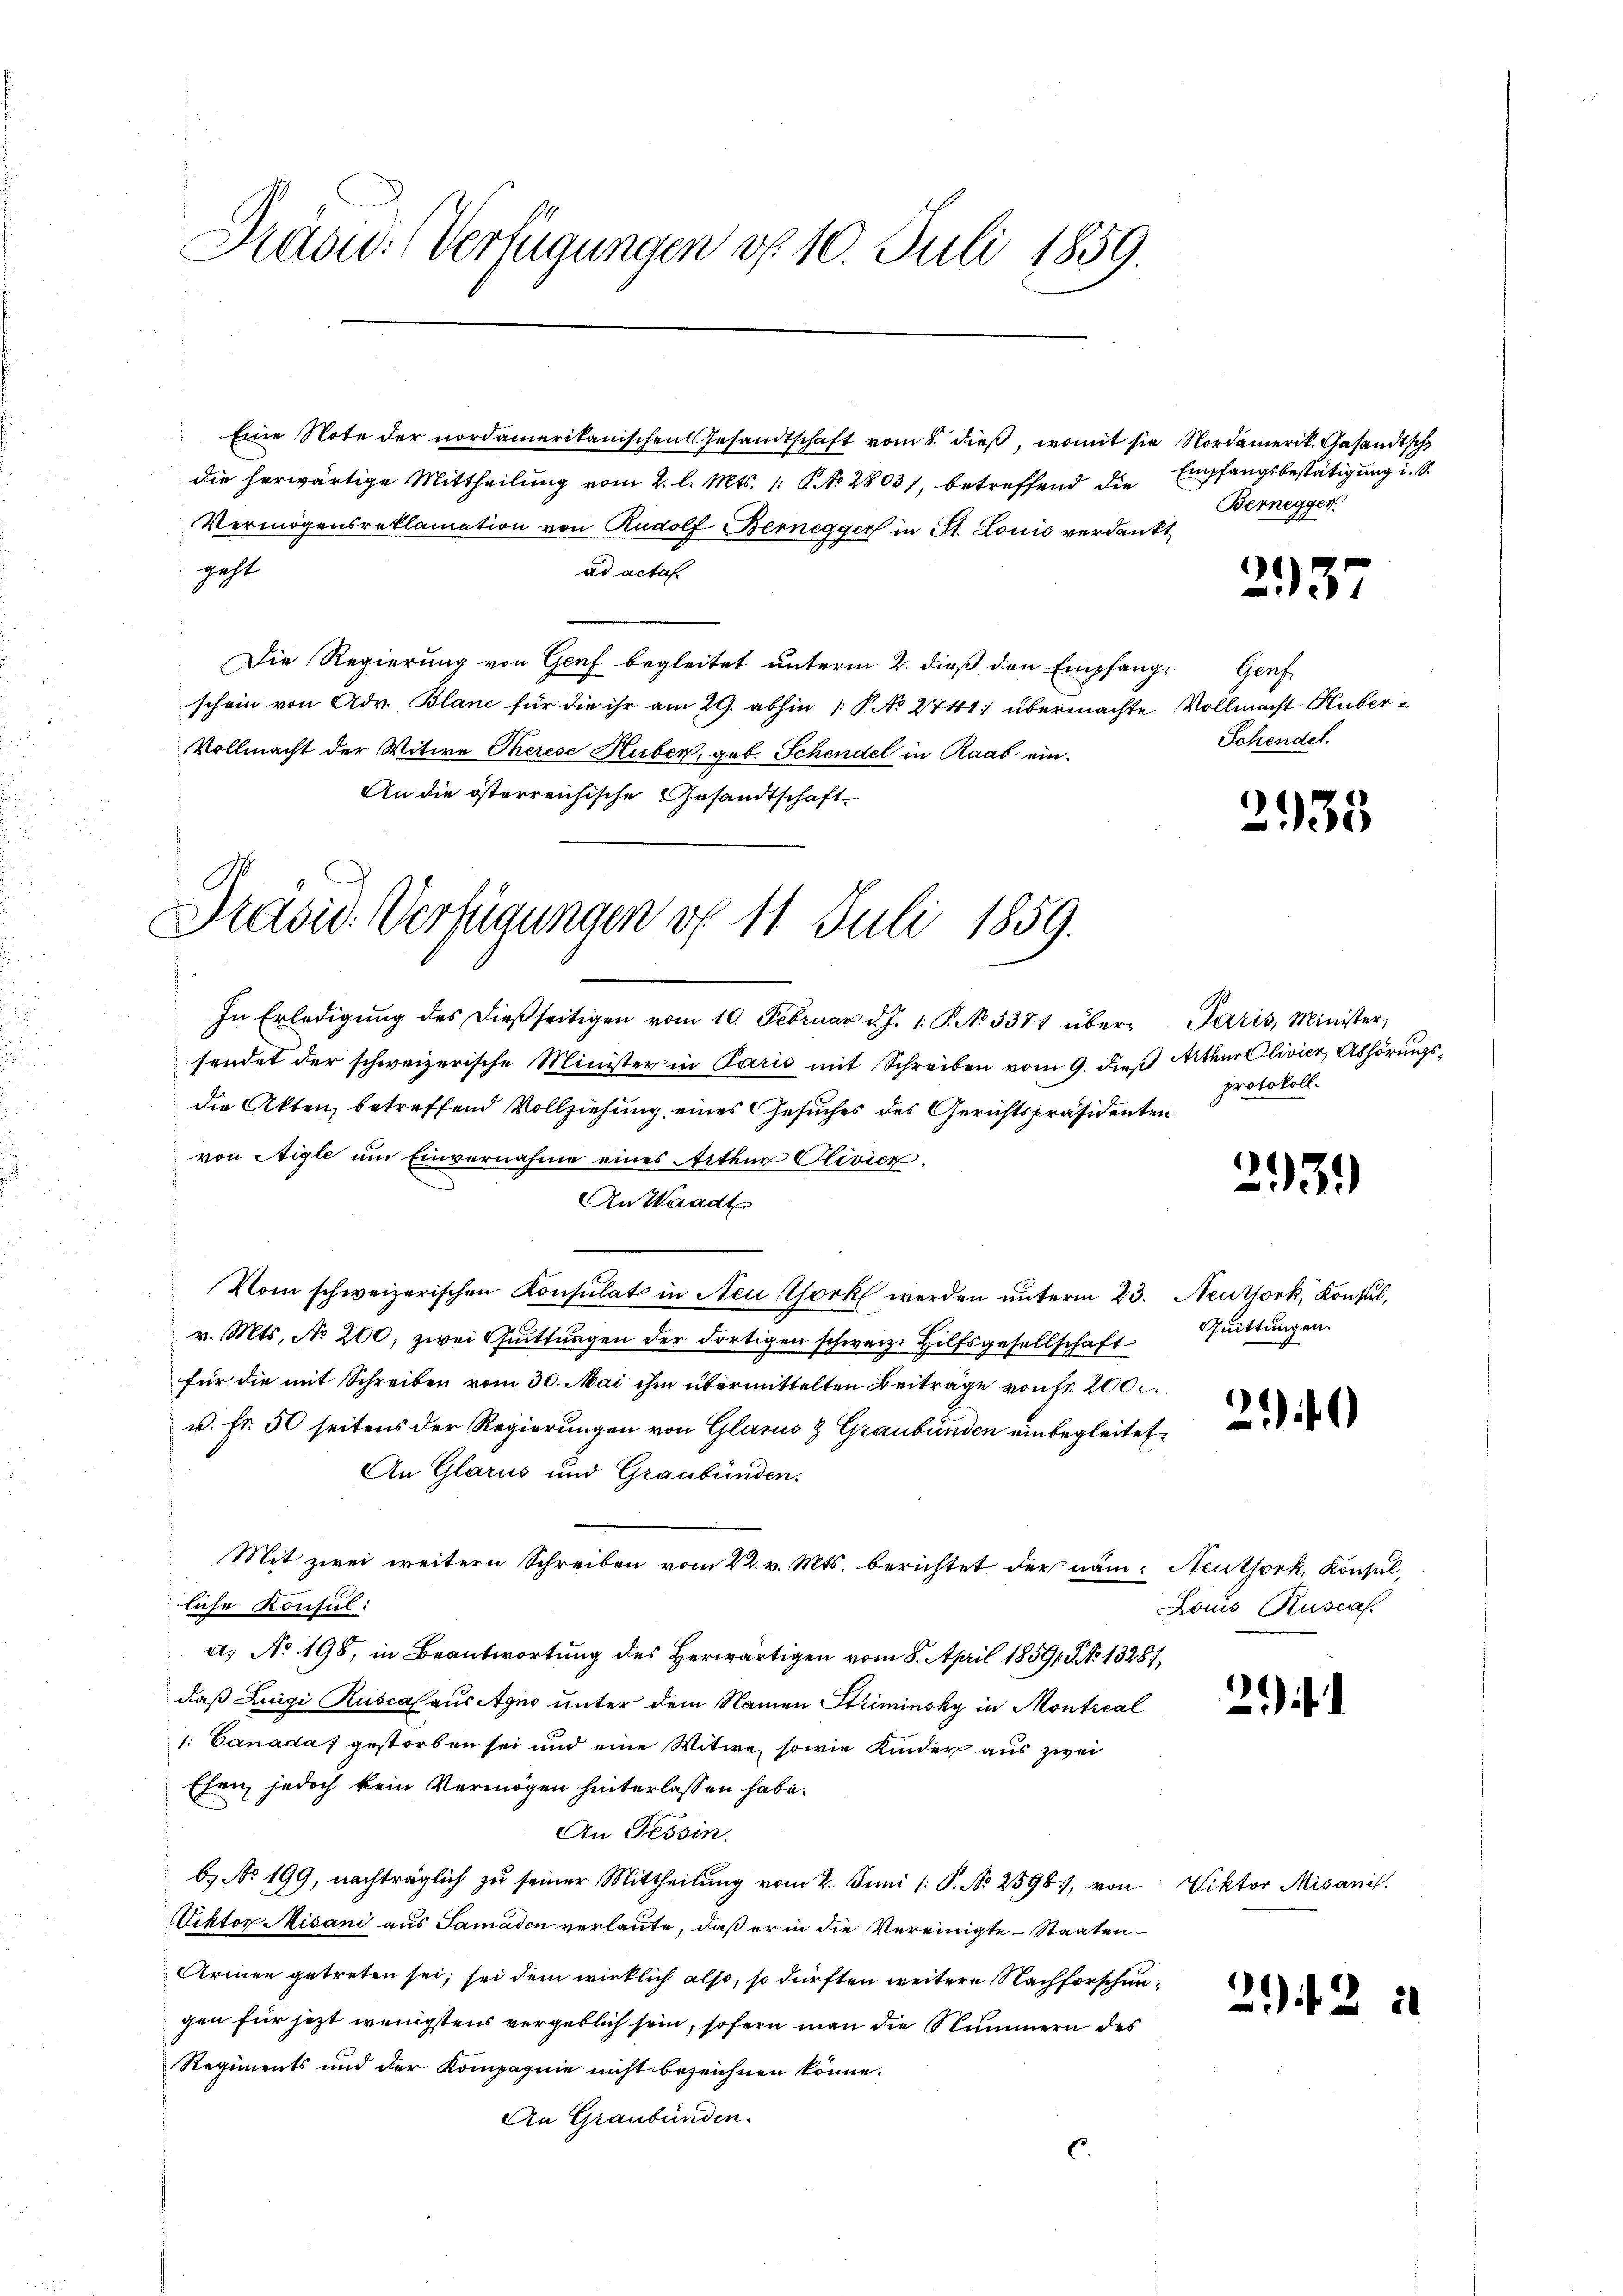
Präsid. (Verfügungen d. 10. Juli 1859.

Eine Note der nordamerikanischen Gesandtschaft vom 8. dieβ, womit sie Nordamerik. Gesandtsch
die herwärtige Mittheilung vom 2. l. Mts. 1. P. No. 2803), betreffend die
Vermögensreklamation von Rudolf Bernegger in St. Louis verdankt,
geht
ad actal.
Die Regierung von Genf begleitet unterm 2. dieß den Empfange Genf
schein von Adv. Blanc für die ihr am 29. abhin 1 P. No 2741 übermachte Vollmacht Huber¬
Vollmacht der Witwe Therese Huber, geb. Schendel in Raab ein¬
An die österreichische Gesandtschaft

Präsid. Verfügungen d. 11. Juli 1859.

In Erledigŭng des dieβ seitigen vom 10. Februar d. J. 1. P. No. 5371 über Paris, Minister,
sendet der schweizerische Minister in Paris mit Schreiben vom 9. dieß Athen Olivier, Abhörungsdie Akten, betreffend Vollziehung eines Gesuches des Gerichtspräsidenten
von Aigle um Einvernahme eines Arthur Olivier.
An Waadt
Vom schweizerischen Konsulat in Neu York werden ŭnterm 23. Neuthork, Konsul,
v. Mts., No 200, zwei Quittungen der dortigen schweiz. Hilfsgesellschaft
für die mit Schreiben vom 30. Mai ihm übermittelten Beiträge von fr 200
v. fr. 50 seitens der Regierungen von Glarus & Graubünden einbegleitet.
An Glarus und Graubünden.
Mit zwei weitern Schreiben vom 22. v. Mts. berichtet der näm- Neuthork, Konsul,
liche Konsul:
a) No 198, in Beantwortung des Herwärtigen vom 8. April 18591. No 13287,
daß Luigi Ruscalaus Agno unter dem Namen Striminsky in Montical
1. Canadas gestorben sei und eine Witwe, sowie Kinder aus zwei
Ehen, jedoch kein Vermögen hinterlassen habe.
An Tessin.
b. No 199, nachträglich zu seiner Mittheilung vom 2. Juni /: P. Nr. 2598), von
Viktor Misani aus Samaden verlaute, daß er in die Vereinigte Staaten
Armen getreten sei, sei dem wirklich also, so dürften weitere Nachforschungen für jezt wenigstens vergeblich sein, sofern man die Nummern des
Regiments und der Kompagnie nicht bezeichnen könne.
An Graubünden.
.

Empfangsbestätigung i. S.
Bernegger

237

Schendel.

2935

protokoll.

2931)

Quittungen.

20

Louis Ruscal.

2

Viktor Misanis

29.